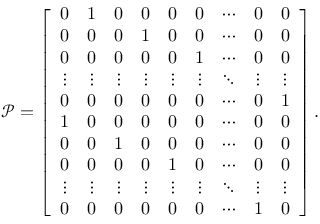
\mathcal { P } = \left[ \begin{array} { c c c c c c c c c } { 0 } & { 1 } & { 0 } & { 0 } & { 0 } & { 0 } & { \cdots } & { 0 } & { 0 } \\ { 0 } & { 0 } & { 0 } & { 1 } & { 0 } & { 0 } & { \cdots } & { 0 } & { 0 } \\ { 0 } & { 0 } & { 0 } & { 0 } & { 0 } & { 1 } & { \cdots } & { 0 } & { 0 } \\ { \vdots } & { \vdots } & { \vdots } & { \vdots } & { \vdots } & { \vdots } & { \ddots } & { \vdots } & { \vdots } \\ { 0 } & { 0 } & { 0 } & { 0 } & { 0 } & { 0 } & { \cdots } & { 0 } & { 1 } \\ { 1 } & { 0 } & { 0 } & { 0 } & { 0 } & { 0 } & { \cdots } & { 0 } & { 0 } \\ { 0 } & { 0 } & { 1 } & { 0 } & { 0 } & { 0 } & { \cdots } & { 0 } & { 0 } \\ { 0 } & { 0 } & { 0 } & { 0 } & { 1 } & { 0 } & { \cdots } & { 0 } & { 0 } \\ { \vdots } & { \vdots } & { \vdots } & { \vdots } & { \vdots } & { \vdots } & { \ddots } & { \vdots } & { \vdots } \\ { 0 } & { 0 } & { 0 } & { 0 } & { 0 } & { 0 } & { \cdots } & { 1 } & { 0 } \end{array} \right] .